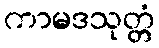
ကာမဒသုတ္တံ